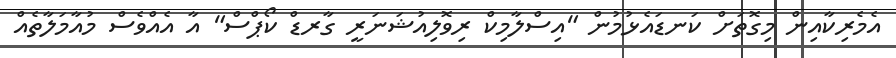
އެމެރިކާއިން މިގޮތަށް ކަނޑައެޅުމުން "އިސްލާމިކް ރިވޮލިއުޝަނަރީ ގާރޑް ކޯޕްސް" އާ އެއްވެސް މުއާމަލާތެއް